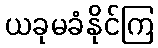
ယခုမခံနိုင်ကြ